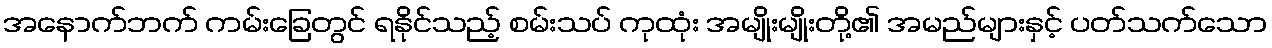
အနောက်ဘက် ကမ်းခြေတွင် ရနိုင်သည့် စမ်းသပ် ကုထုံး အမျိုးမျိုးတို့၏ အမည်များနှင့် ပတ်သက်သော